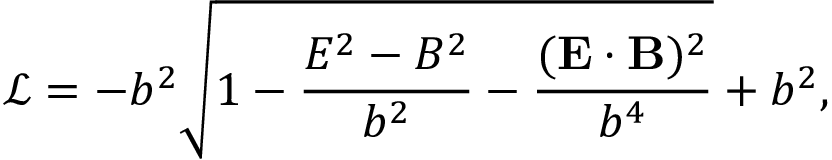
{ \mathcal { L } } = - b ^ { 2 } { \sqrt { 1 - { \frac { E ^ { 2 } - B ^ { 2 } } { b ^ { 2 } } } - { \frac { ( \mathbf { E } \cdot \mathbf { B } ) ^ { 2 } } { b ^ { 4 } } } } } + b ^ { 2 } ,